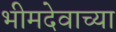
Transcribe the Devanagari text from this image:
भीमदेवाच्या